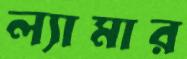
ল্যামার